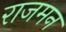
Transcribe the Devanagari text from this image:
राजमन